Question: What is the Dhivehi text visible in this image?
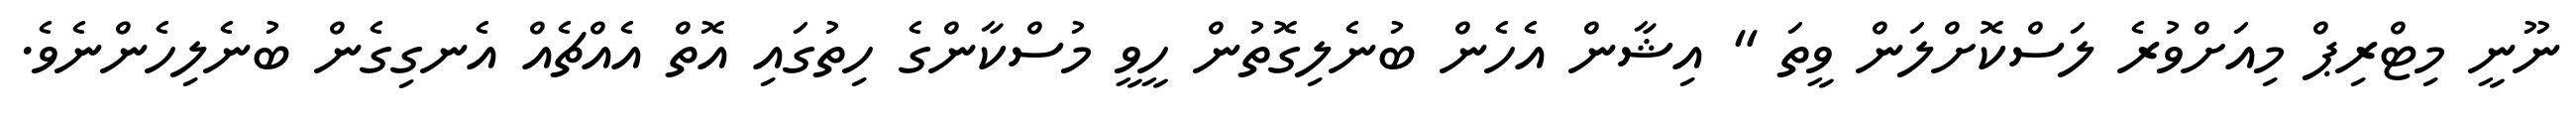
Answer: ނޫނީ މިޓްރިޕް މިއަށްވުރެ ލަސްކޮށްލަން ވީތަ " އިޝާން އެހެން ބުނެލިގޮތުން ހީވީ މުސްކާންގެ ހިތުގައި އޮތް އެއްޗެއް އެނގިގެން ބުނެލިހެންނެވެ.